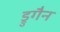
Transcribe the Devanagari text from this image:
ड्रुगैन